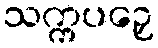
သက္ကပဉှေ